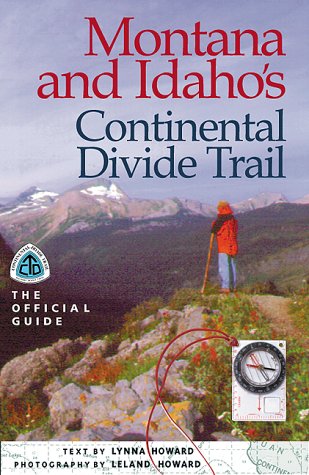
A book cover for Montana & Idaho's Continental Divide Trail: The Official Guide (The Continental Divide Trail Series); Lynna Howard; Travel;